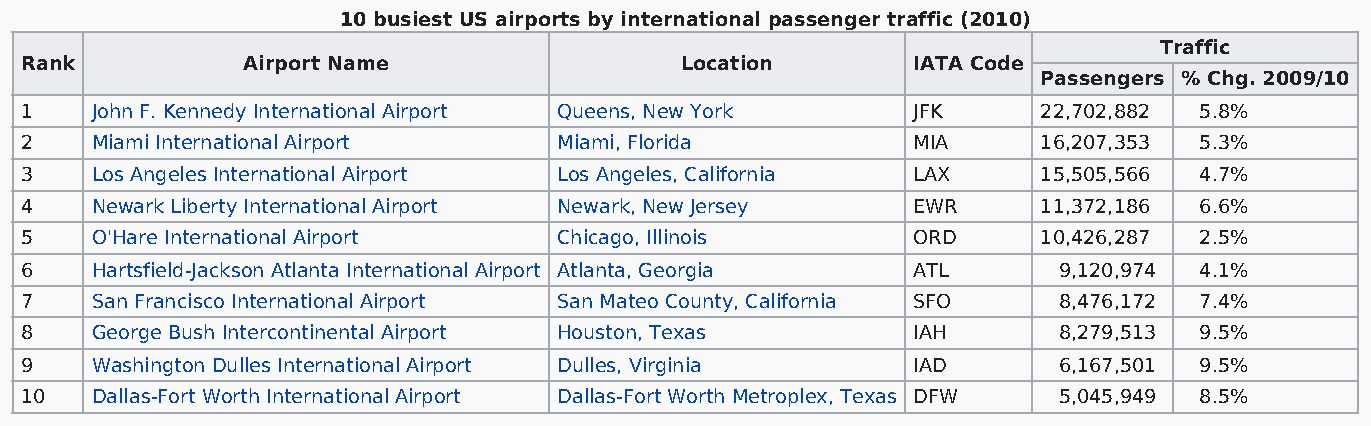
10 busiest US airports by international passenger traffic (2010)
 Traffic
 Rank           Airport Name                 Location       IATA Code
 Passengers % Chg. 2009/10
 1    John F. Kennedy International Airport Queens, New York JFK     22,702,882 5.8%
 2    Miami International Airport    Miami, Florida         MIA      16,207,353 5.3%
 3    Los Angeles International Airport Los Angeles, California LAX  15,505,566 4.7%
 4    Newark Liberty International Airport Newark, New Jersey EWR    11,372,186 6.6%
 5    O'Hare International Airport   Chicago, Illinois      ORD      10,426,287 2.5%
 6    Hartsfield-Jackson Atlanta International Airport Atlanta, Georgia ATL 9,120,974 4.1%
 7    San Francisco International Airport San Mateo County, California SFO 8,476,172 7.4%
 8    George Bush Intercontinental Airport Houston, Texas   IAH       8,279,513 9.5%
 9    Washington Dulles International Airport Dulles, Virginia IAD    6,167,501 9.5%
 10   Dallas-Fort Worth International Airport Dallas-Fort Worth Metroplex, Texas DFW 5,045,949 8.5%